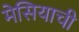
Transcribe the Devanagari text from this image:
मेसियाची